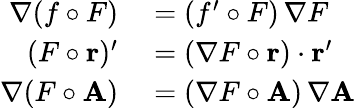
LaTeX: \begin{array}{rl}{\nabla(f\circ F)}&{{}=\left(f^{\prime}\circ F\right)\, \nabla F}\\ {(F\circ\mathbf{r})^{\prime}}&{{}=(\nabla F\circ\mathbf{r})\cdot\mathbf{r}^{\prime}}\\ {\nabla(F\circ\mathbf{A})}&{{}=(\nabla F\circ\mathbf{A})\, \nabla\mathbf{A}}\end{array}